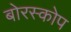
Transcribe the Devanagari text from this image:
बोरस्कोप